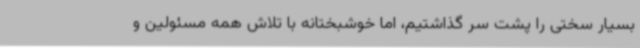
بسیار سختی را پشت سر گذاشتیم، اما خوشبختانه با تلاش همه مسئولین و